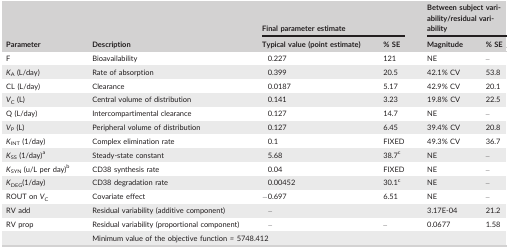
<table><thead><tr><td rowspan="2"><b>Parameter</b></td><td rowspan="2"><b>Description</b></td><td colspan="2"><b>Final parameter estimate</b></td><td colspan="2"><b>Between subject variability/residual variability</b></td></tr><tr><td><b>Typical value (point estimate)</b></td><td><b>% SE</b></td><td><b>Magnitude</b></td><td><b>% SE</b></td></tr></thead><tbody><tr><td>F</td><td>Bioavailability</td><td>0.227</td><td>121</td><td>NE</td><td>–</td></tr><tr><td><i>K</i><sub>A</sub> (L/day)</td><td>Rate of absorption</td><td>0.399</td><td>20.5</td><td>42.1% CV</td><td>53.8</td></tr><tr><td>CL (L/day)</td><td>Clearance</td><td>0.0187</td><td>5.17</td><td>42.9% CV</td><td>20.1</td></tr><tr><td><i>V</i><sub>C</sub> (L)</td><td>Central volume of distribution</td><td>0.141</td><td>3.23</td><td>19.8% CV</td><td>22.5</td></tr><tr><td>Q (L/day)</td><td>Intercompartimental clearance</td><td>0.127</td><td>14.7</td><td>NE</td><td>–</td></tr><tr><td><i>V</i><sub>P</sub> (L)</td><td>Peripheral volume of distribution</td><td>0.127</td><td>6.45</td><td>39.4% CV</td><td>20.8</td></tr><tr><td><i>K</i><sub>INT</sub> (1/day)</td><td>Complex elimination rate</td><td>0.1</td><td>FIXED</td><td>49.3% CV</td><td>36.7</td></tr><tr><td><i>K</i><sub>SS</sub> (1/day)a</td><td>Steady‐state constant</td><td>5.68</td><td>38.7c</td><td>NE</td><td>–</td></tr><tr><td><i>K</i><sub>SYN</sub> (u/L per day)b</td><td>CD38 synthesis rate</td><td>0.04</td><td>FIXED</td><td>NE</td><td>–</td></tr><tr><td><i>K</i><sub>DEG</sub>(1/day)</td><td>CD38 degradation rate</td><td>0.00452</td><td>30.1c</td><td>NE</td><td>–</td></tr><tr><td>ROUT on <i>V</i><sub>C</sub></td><td>Covariate effect</td><td>−0.697</td><td>6.51</td><td>NE</td><td>–</td></tr><tr><td>RV add</td><td>Residual variability (additive component)</td><td>–</td><td></td><td>3.17E‐04</td><td>21.2</td></tr><tr><td>RV prop</td><td>Residual variability (proportional component)</td><td>–</td><td>–</td><td>0.0677</td><td>1.58</td></tr><tr><td></td><td colspan="5">Minimum value of the objective function<sub><i> </i></sub><i>= </i>5748.412</td></tr></tbody></table>